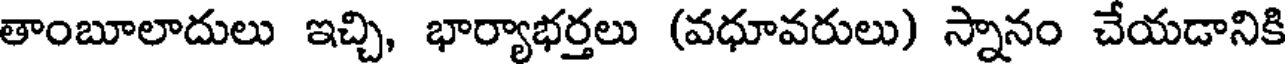
తాంబూలాదులు ఇచ్చి, భార్యాభర్తలు (వధూవరులు) స్నానం చేయడానికి